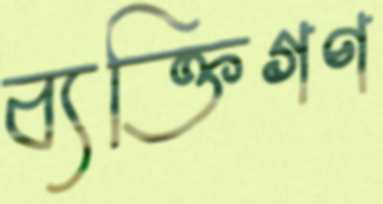
ব্যক্তিগণ